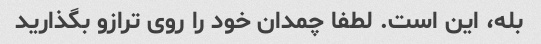
بله، این است. لطفا چمدان خود را روی ترازو بگذارید